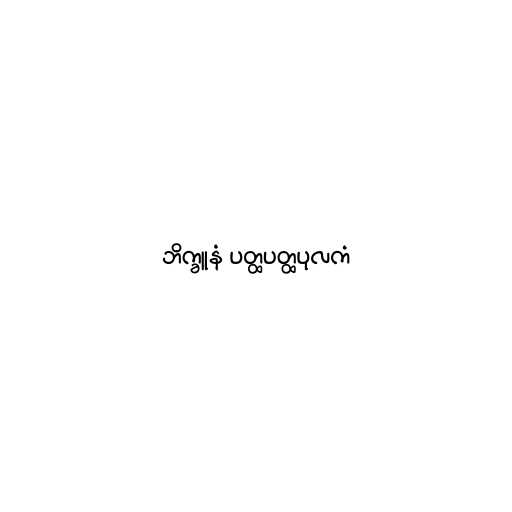
ဘိက္ခူနံ ပတ္ထပတ္ထပုလကံ